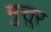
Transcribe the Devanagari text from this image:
मुत्तूर